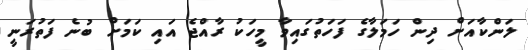
ލަންކާއަށް ދިން ހަމަލާގެ ފަހަތުގައިވާ މީހަކު ރާއްޖެ އައި ކަމަށް ބުނެ ފަތުރަނީ